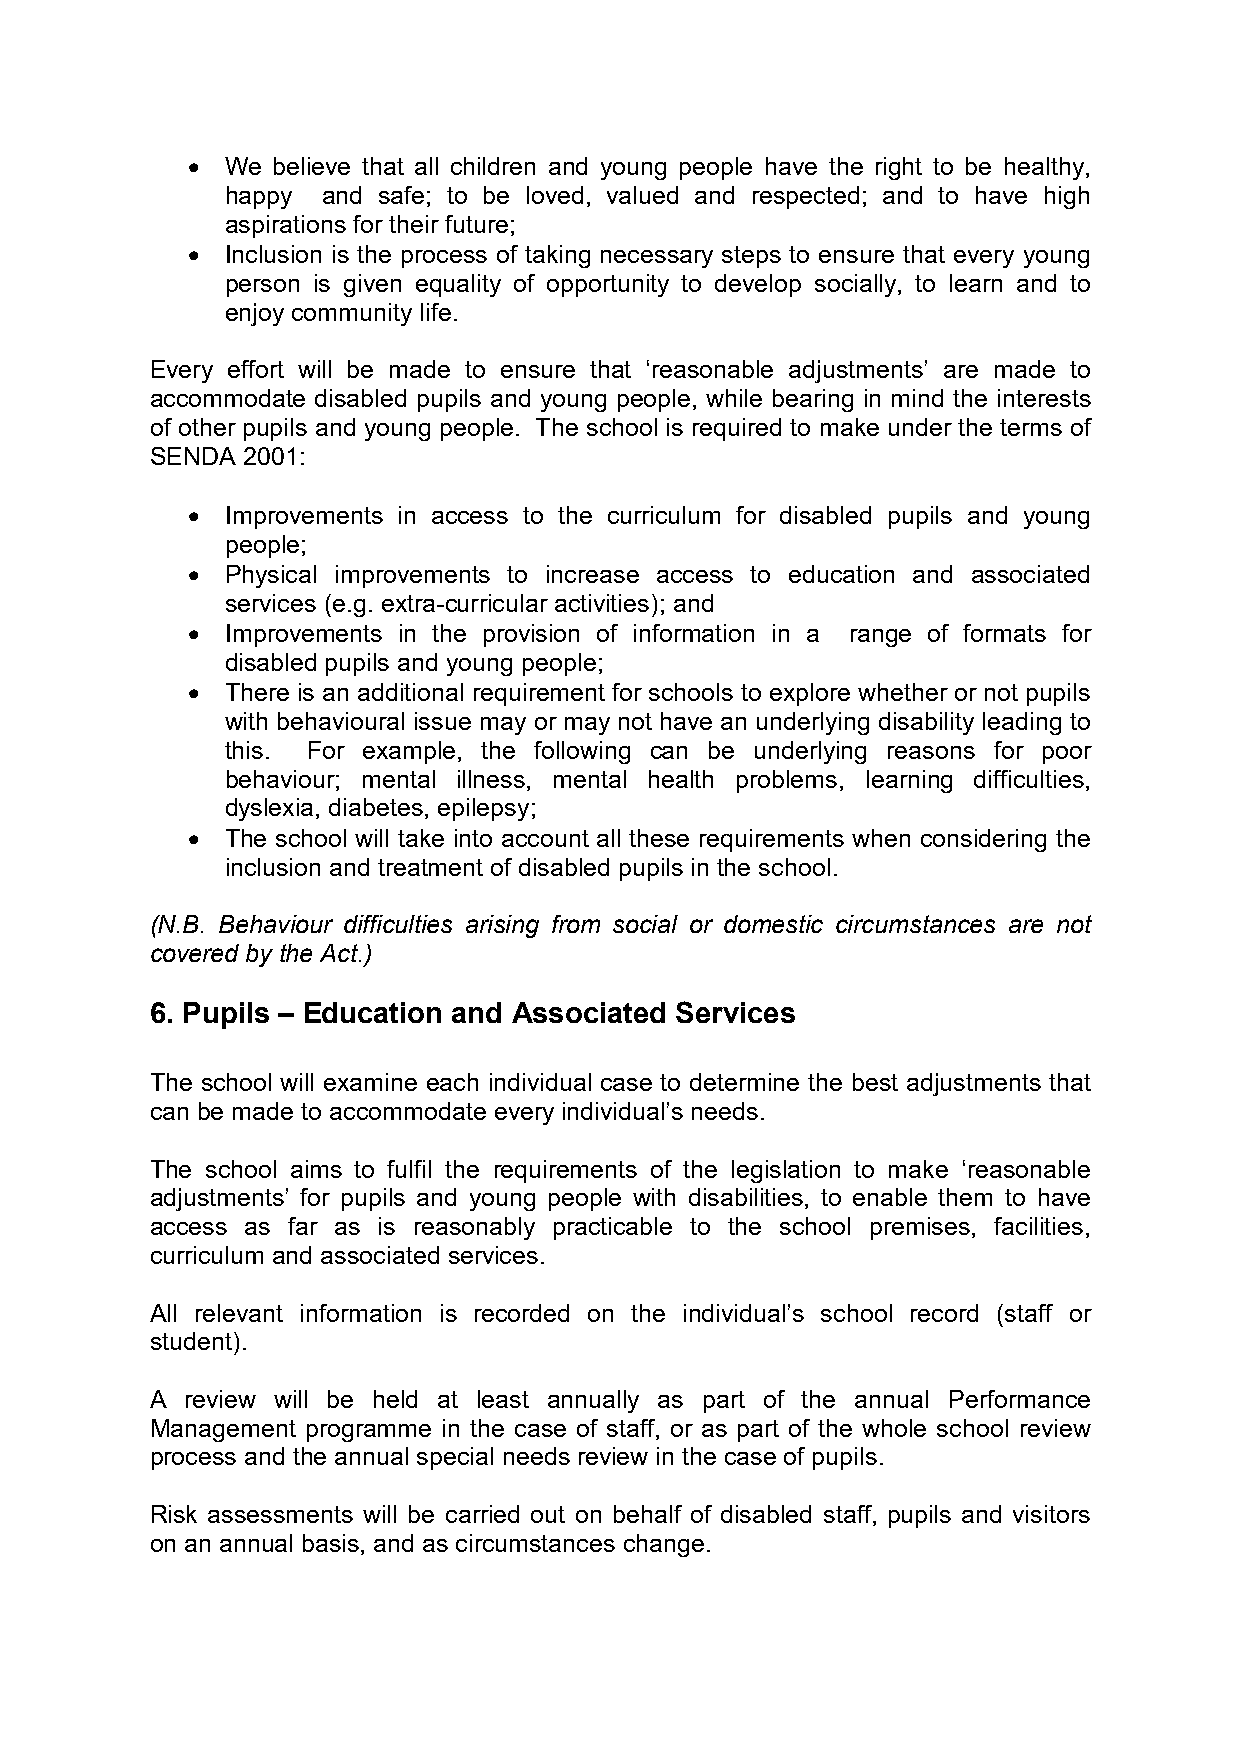
•  We believe that all children and young people have the right to be healthy,
 happy and safe; to be loved, valued and respected; and to have high
 aspirations for their future;
 •  Inclusion is the process of taking necessary steps to ensure that every young
 person is given equality of opportunity to develop socially, to learn and to
 enjoy community life.
 Every effort will be made to ensure that ‘reasonable adjustments’ are made to
 accommodate disabled pupils and young people, while bearing in mind the interests
 of other pupils and young people. The school is required to make under the terms of
 SENDA 2001:
 •  Improvements in access to the curriculum for disabled pupils and young
 people;
 •  Physical improvements to increase access to education and associated
 services (e.g. extra-curricular activities); and
 •  Improvements in the provision of information in a range of formats for
 disabled pupils and young people;
 •  There is an additional requirement for schools to explore whether or not pupils
 with behavioural issue may or may not have an underlying disability leading to
 this. For example, the following can be underlying reasons for poor
 behaviour; mental illness, mental health problems, learning difficulties,
 dyslexia, diabetes, epilepsy;
 •  The school will take into account all these requirements when considering the
 inclusion and treatment of disabled pupils in the school.
 (N.B. Behaviour difficulties arising from social or domestic circumstances are not
 covered by the Act.)
 6. Pupils – Education and Associated Services
 The school will examine each individual case to determine the best adjustments that
 can be made to accommodate every individual’s needs.
 The school aims to fulfil the requirements of the legislation to make ‘reasonable
 adjustments’ for pupils and young people with disabilities, to enable them to have
 access as far as is reasonably practicable to the school premises, facilities,
 curriculum and associated services.
 All relevant information is recorded on the individual’s school record (staff or
 student).
 A review will be held at least annually as part of the annual Performance
 Management programme in the case of staff, or as part of the whole school review
 process and the annual special needs review in the case of pupils.
 Risk assessments will be carried out on behalf of disabled staff, pupils and visitors
 on an annual basis, and as circumstances change.